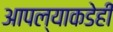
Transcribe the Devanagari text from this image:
आपल्याकडेही